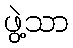
ဖွဲ့သာ